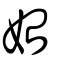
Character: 始